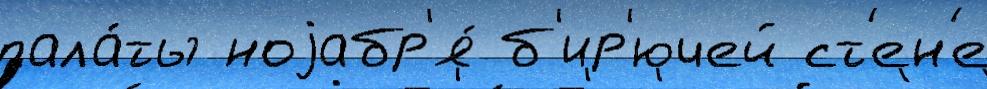
пала́ты ноjабр'я́ б'ир'ючей ст'ен'е